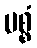
မစ္စံ